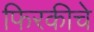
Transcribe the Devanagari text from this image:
फिरकीचे